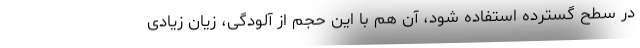
در سطح گسترده استفاده شود، آن هم با این حجم از آلودگی، زیان زیادی